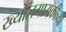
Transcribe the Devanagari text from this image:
ख्यालगायकीच्या